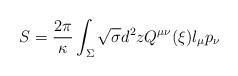
LaTeX: \begin{align*}S={2\pi \over \kappa} \int_{\Sigma} \sqrt{\sigma}d^2zQ^{\mu\nu}(\xi) l_\mu p_\nu\end{align*}